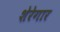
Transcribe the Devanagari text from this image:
शेरेगार